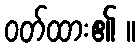
ဝတ်ထား၏ ။